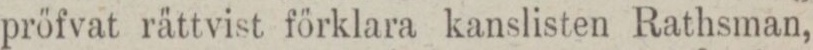
pröfvat rättvist förklara kanslisten Rathsman,